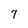
Character: 7